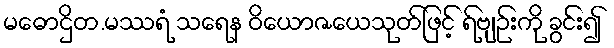
မဓောဌိတ.မဿရံ သရေန ဝိယောဇယေသုတ်ဖြင့် ရ်ဗျဉ်းကို ခွင်း၍